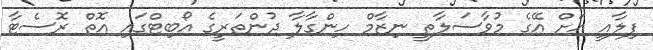
ފިލާއީ އަށް އޭގެ މުވާސަލާތީ ނިޒާމް ހިންގާލާ ދުންތަރީގެ އޯބިޓްގައި އޮތް ރޮސެޓާ